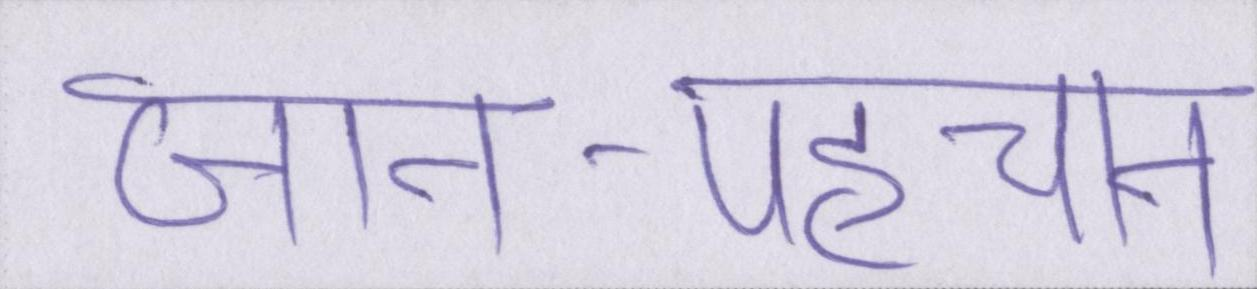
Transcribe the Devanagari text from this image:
जान-पहचान